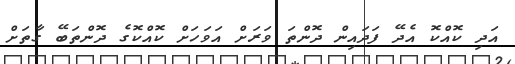
އަދި ކޮއްކޮ އެދޭ ފަދައިން ދޮންތަ ވަރަށް އަވަހަށް ކޮއްކޮގެ ދޮންތަބޭ ގާތަށް